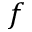
f